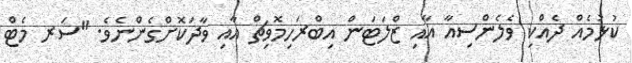
ކުޅުމެއް ދެއްކި ވެލެންސިއާ އާއި ޒްލަޓަން އިބްރަހިމޮވިޗް އާއި ވާދަކޮށްގެންނެވެ. "ސަރ މެޓް